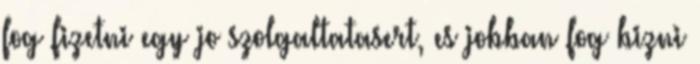
fog fizetni egy jo szolgaltatasert, es jobban fog bizni